Report on vaccination in the Province of Bengal - 1869-1873
Year: 1869
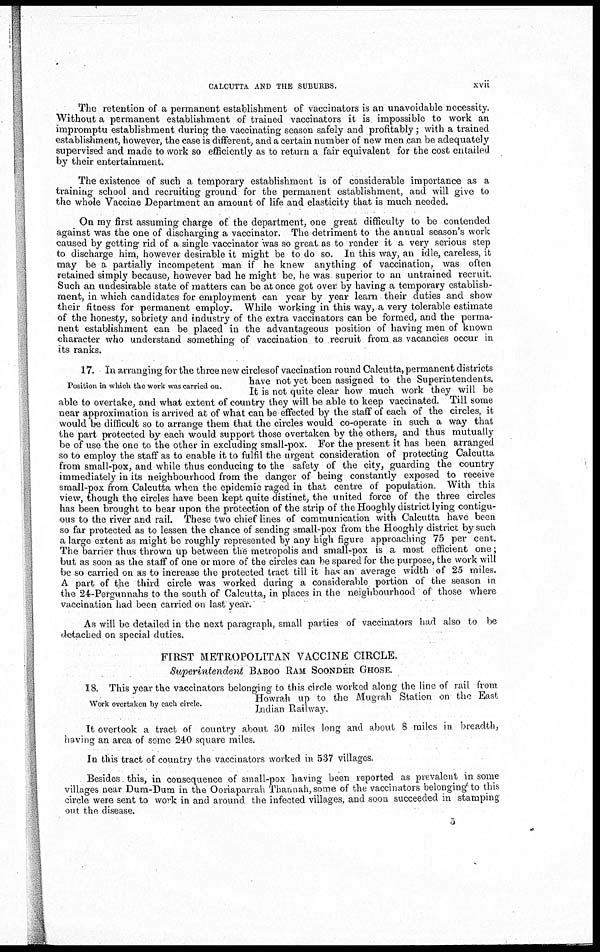
CALCUTTA AND THE SUBURBS.
xvii
The retention of a permanent establishment of vaccinators is an unavoidable necessity.
Without a permanent establishment of trained vaccinators it is impossible to work an
impromptu establishment during the vaccinating season safely and profitably ; with a trained
establishment, however, the case is different, and a certain number of new men can be adequately
supervised and made to work so efficiently as to return a fair equivalent for the cost entailed
by their entertainment.
The existence of such a temporary establishment is of considerable importance as a
training school and recruiting ground for the permanent establishment, and will give to
the whole Vaccine Department an amount of life and elasticity that is much needed.
On my first assuming charge of the department, one great difficulty to be contended
against was the one of discharging a vaccinator. The detriment to the annual season's work
caused by getting rid of a single vaccinator was so great as to render it a very serious step
to discharge him, however desirable it might be to do so. In this way, an idle, careless, it
may be a partially incompetent man if he knew anything of vaccination, was often
retained simply because, however bad he might be, he was superior to an untrained recruit.
Such an undesirable state of matters can be at once got over by having a temporary establish-
ment, in which candidates for employment can year by year learn their duties and show
their fitness for permanent employ. While working in this way, a very tolerable estimate
of the honesty, sobriety and industry of the extra vaccinators can be formed, and the perma-
nent establishment can be placed in the advantageous position of having men of known
character who understand something of vaccination to recruit from as vacancies occur in
its ranks.
Position in which the work was carried on.
17. In arranging for the three new circles of vaccination round Calcutta, permanent districts
have not yet been assigned to the Superintendents.
It is not quite clear how much work they will be
able to overtake, and what extent of country they will be able to keep vaccinated. Till some
near approximation is arrived at of what can be effected by the staff of each of the circles, it
would be difficult so to arrange them that the circles would co-operate in such a way that
the part protected by each would support those overtaken by the others, and thus mutually
be of use the one to the other in excluding small-pox. For the present it has been arranged
so to employ the staff as to enable it to fulfil the urgent consideration of protecting Calcutta
from small-pox, and while thus conducing to the safety of the city, guarding the country
immediately in its neighbourhood from the danger of being constantly exposed to receive
small-pox from Calcutta when the epidemic raged in that centre of population. With this
view, though the circles have been kept quite distinct, the united force of the three circles
has been brought to bear upon the protection of the strip of the Hooghly district lying contigu-
ous to the river and rail. These two chief lines of communication with Calcutta have been
so far protected as to lessen the chance of sending small-pox from the Hooghly district by such
a large extent as might be roughly represented by any high figure approaching 75 per cent.
The barrier thus thrown up between the metropolis and small-pox is a most efficient one;
but as soon as the staff of one or more of the circles can he spared for the purpose, the work will
be so carried on as to increase the protected tract till it has an average width of 25 miles.
A part of the third circle was worked during a considerable portion of the season in
the 24-Pergunnahs to the south of Calcutta, in places in the neighbourhood of those where
vaccination had been carried on last year.
As will be detailed in the next paragraph, small parties of vaccinators had also to be
detached on special duties.
FIRST METROPOLITAN VACCINE CIRCLE.
Superintendent
BABOO RAM SOONDER GHOSE.
Work overtaken by each circle.
18. This year the vaccinators belonging to this circle worked along the line of rail from
Howrah up to the Mugrah Station on the East
Indian Railway.
It overtook a tract of country about 30 miles long and about 8 miles in breadth,
having an area of some 240 square miles.
In this tract of country the vaccinators worked in 537 villages.
Besides. this, in consequence of small-pox having been reported as prevalent in some
villages near Dum-Dum in the Ooriaparrah Thannah, some of the vaccinators belonging to this
circle were sent to work in and around the infected villages, and soon succeeded in stamping
out the disease.
5